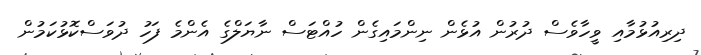
ދިރިއުޅުމާއި ވީހާވެސް ދުރުން އުޅެން ނިންމައިގެން ހުއްޓަސް ނާޔަލްގެ އެންމެ ފަހު ދުވަސްކޮޅުކަމުން